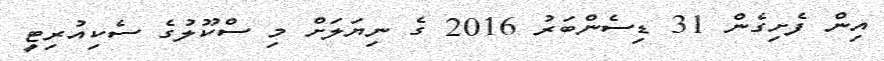
އިން ފެށިގެން 31 ޑިސެންބަރު 2016 ގެ ނިޔަލަށް މި ސްކޫލުގެ ސެކިއުރިޓީ